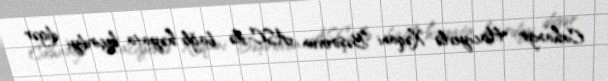
Cahangir Hacıyevlə Xəqani Bəşirovun ASC-ilə bağlı həyata keçirdiyi digər